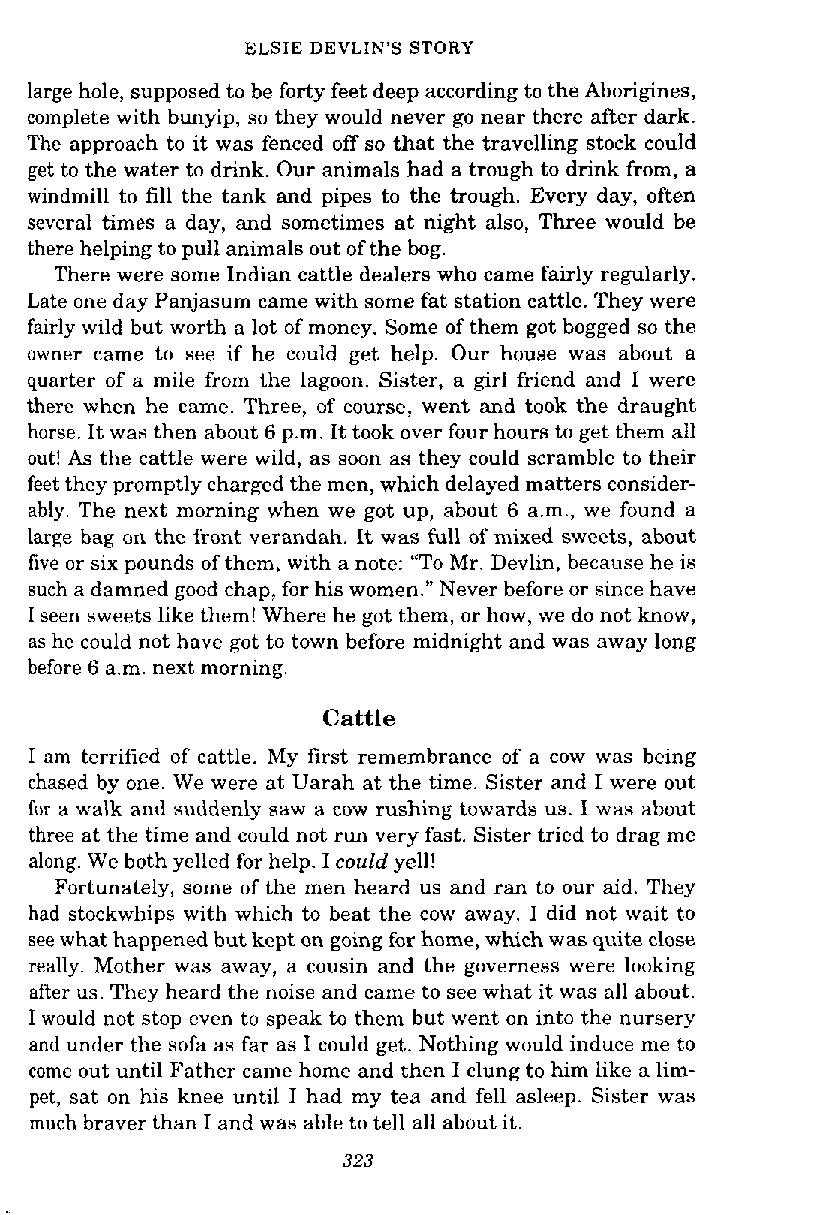
ELSIE DEVLIN'S STORY
 large hole, supposed to be forty feet deep according to the Aborigines,
 complete with bunyip, so they would never go near there after dark.
 The approach to it was fenced off so that the travelling stock could
 get to the water to drink. Our animals had a trough to drink from, a
 windmill to fill the tank and pipes to the trough. Every day, often
 several times a day, and sometimes at night also, Three would be
 there helping to pull animals out of the bog.
 There were some Indian cattle dealers who came fairly regularly.
 Late one day Panjasum came with some fat station cattle. They were
 fairly wild but worth a lot of money. Some of them got bogged so the
 owner came to see if he could get help. Our house was about a
 quarter of a mile from the lagoon. Sister, a girl friend and I were
 there when he came. Three, of course, went and took the draught
 horse. It was then about 6 p.m. It took over four hours to get them all
 out! As the cattle were wild, as soon as they could scramble to their
 feet they promptly charged the men, which delayed matters consider-
 ably. The next morning when we got up, about 6 a.m., we found a
 large bag on the front verandah. It was full of mixed sweets, about
 five or six pounds of them, with a note: "To Mr. Devlin, because he is
 such a damned good chap, for his women." Never before or since have
 I seen sweets like them! Where he got them, or how, we do not know,
 as he could not have got to town before midnight and was away long
 before 6 a.m. next morning.
 Cattle
 I am terrified of cattle. My first remembrance of a cow was being
 chased by one. We were at Uarah at the time. Sister and I were out
 for a walk and suddenly saw a cow rushing towards us. I was about
 three at the time and could not run very fast. Sister tried to drag me
 along. We both yelled for help. I could yell!
 Fortunately, some of the men heard us and ran to our aid. They
 had stockwhips with which to beat the cow away. I did not wait to
 see what happened but kept on going for home, which was quite close
 really. Mother was away, a cousin and the governess were looking
 after us. They heard the noise and came to see what it was all about.
 I would not stop even to speak to them but went on into the nursery
 and under the sofa as far as I could get. Nothing would induce me to
 come out until Father came home and then I clung to him like a lim-
 pet, sat on his knee until I had my tea and fell asleep. Sister was
 much braver than I and was able to tell all about it.